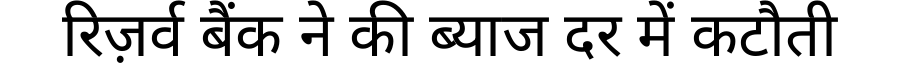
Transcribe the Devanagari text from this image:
रिज़र्व बैंक ने की ब्याज दर में कटौती